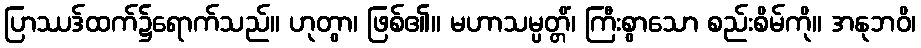
ပြာဿဒ်ထက်၌ရောက်သည်။ ဟုတွာ၊ ဖြစ်၏။ မဟာသမ္ပတ္တိံ၊ ကြီးစွာသော စည်းစိမ်ကို။ အနုဘဝိ၊